Vaccination North-Western Provinces 1866-1877 - 1866-1877
Year: 1866
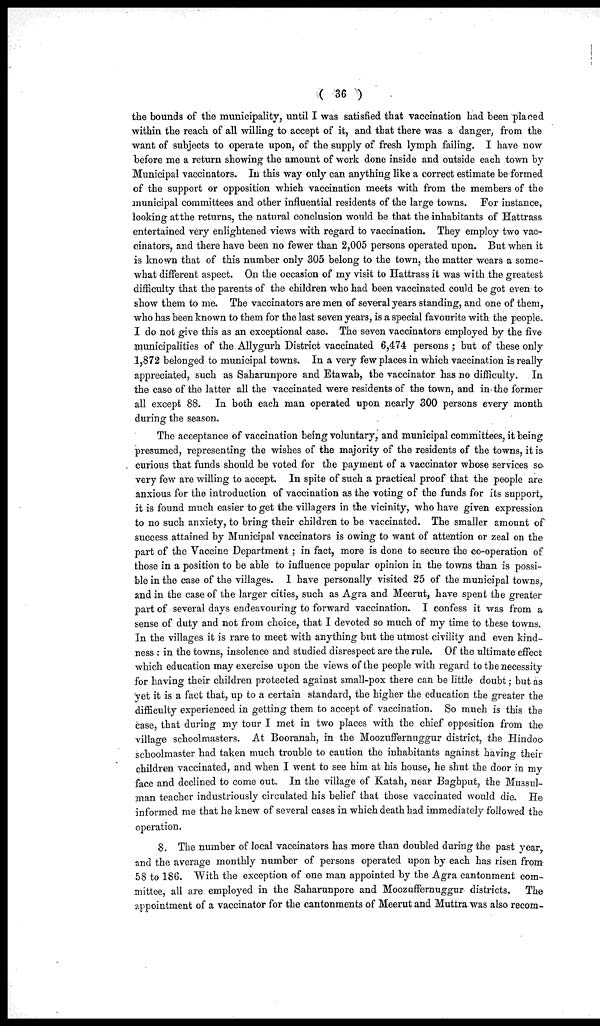
( 36 )
the bounds of the municipality, until I was satisfied that vaccination had been placed
within the reach of all willing to accept of it, and that there was a danger, from the
want of subjects to operate upon, of the supply of fresh lymph failing. I have now
before me a return showing the amount of work done inside and outside each town by
Municipal vaccinators. In this way only can anything like a correct estimate be formed
of the support or opposition which vaccination meets with from the members of the
municipal committees and other influential residents of the large towns. For instance,
looking at the returns, the natural conclusion would be that the inhabitants of Hattrass
entertained very enlightened views with regard to vaccination. They employ two vac-
cinators, and there have been no fewer than 2,005 persons operated upon. But when it
is known that of this number only 305 belong to the town, the matter wears a some-
what different aspect. On the occasion of my visit to Hattrass it was with the greatest
difficulty that the parents of the children who had been vaccinated could be got even to
show them to me. The vaccinators are men of several years standing, and one of them,
who has been known to them for the last seven years, is a special favourite with the people.
I do not give this as an exceptional case. The seven vaccinators employed by the five
municipalities of the Allygurh District vaccinated 6,474 persons; but of these only
1,872 belonged to municipal towns. In a very few places in which vaccination is really
appreciated, such as Saharunpore and Etawah, the vaccinator has no difficulty.
In
the case of the latter all the vaccinated were residents of the town, and in the former
all except 88. In both each man operated upon nearly 300 persons every month
during the season.
The acceptance of vaccination being voluntary, and municipal committees, it being
presumed, representing the wishes of the majority of the residents of the towns, it is
curious that funds should be voted for the payment of a vaccinator whose services so
very few are willing to accept. In spite of such a practical proof that the people are
anxious for the introduction of vaccination as the voting of the funds for its support,
it is found much easier to get the villagers in the vicinity, who have given expression
to no such anxiety, to bring their children to be vaccinated. The smaller amount of
success attained by Municipal vaccinators is owing to want of attention or zeal on the
part of the Vaccine Department; in fact, more is done to secure the co-operation of
those in a position to be able to influence popular opinion in the towns than is possi-
ble in the case of the villages. I have personally visited 25 of the municipal towns,
and in the case of the larger cities, such as Agra and Meerut, have spent the greater
part of several days endeavouring to forward vaccination. I confess it was from a
sense of duty and not from choice, that I devoted so much of my time to these towns.
In the villages it is rare to meet with anything but the utmost civility and even kind-
ness : in the towns, insolence and studied disrespect are the rule. Of the ultimate effect
which education may exercise upon the views of the people with regard to the necessity
for having their children protected against small-pox there can be little doubt; but as
yet it is a fact that, up to a certain standard, the higher the education the greater the
difficulty experienced in getting them to accept of vaccination. So much is this the
case, that during my tour I met in two places with the chief opposition from the
village schoolmasters. At Booranah, in the Moozuffernuggur district, the Hindoo
schoolmaster had taken much trouble to caution the inhabitants against having their
children vaccinated, and when I went to see him at his house, he shut the door in my
face and declined to come out. In the village of Katah, near Baghput, the Mussul-
man teacher industriously circulated his belief that those vaccinated would die. He
informed me that he knew of several cases in which death had immediately followed the
operation.
8. The number of local vaccinators has more than doubled during the past year,
and the average monthly number of persons operated upon by each has risen from
58 to 186. With the exception of one man appointed by the Agra cantonment com-
mittee, all are employed in the Saharunpore and Moozuffernuggur districts.
The
appointment of a vaccinator for the cantonments of Meerut and Muttra was also recom¬